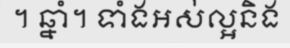
។ ឆ្នាំ។ ទាំងអស់ល្អនិង